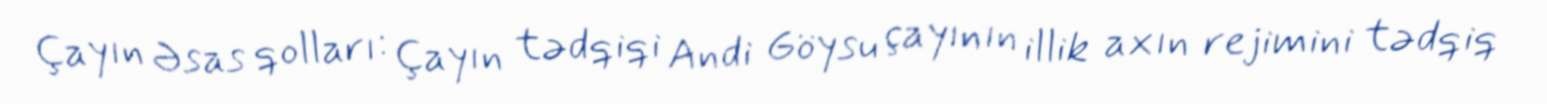
Çayın Əsas qolları: Çayın tədqiqi Andi Göysu çayının illik axın rejimini tədqiq